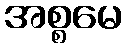
အစ္စမေ